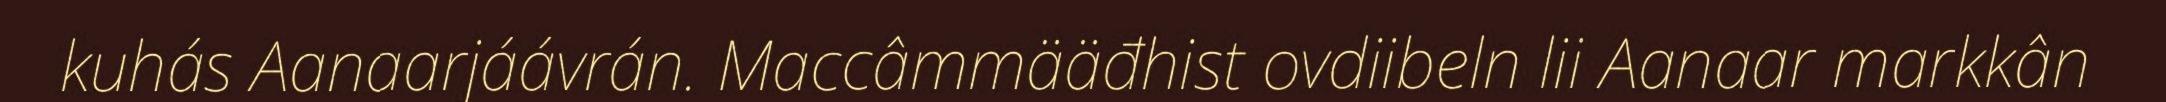
kuhás Aanaarjáávrán. Maccâmmääđhist ovdiibeln lii Aanaar markkân